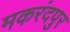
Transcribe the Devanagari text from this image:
मकरंदपुर